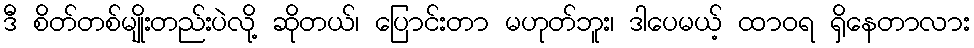
ဒီ စိတ်တစ်မျိုးတည်းပဲလို့ ဆိုတယ်၊ ပြောင်းတာ မဟုတ်ဘူး၊ ဒါပေမယ့် ထာဝရ ရှိနေတာလား